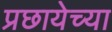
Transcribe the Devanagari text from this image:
प्रछायेच्या